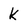
Character: k